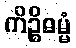
ကိဉ္စိဓမ္မံ